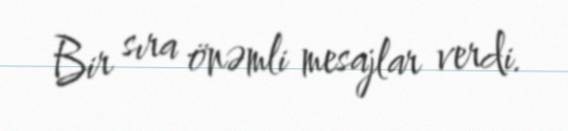
Bir sıra önəmli mesajlar verdi.